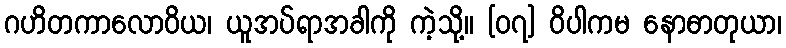
ဂဟိတကာလောဝိယ၊ ယူအပ်ရာအခါကို ကဲ့သို့။ [၀၇] ဝိပါကမ နောဓာတုယာ၊